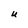
Character: U